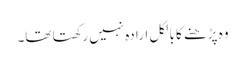
وہ پڑھنے کا بالکل ارادہ نہیں رکھتا تھا۔